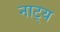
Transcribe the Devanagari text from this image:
नाट्य